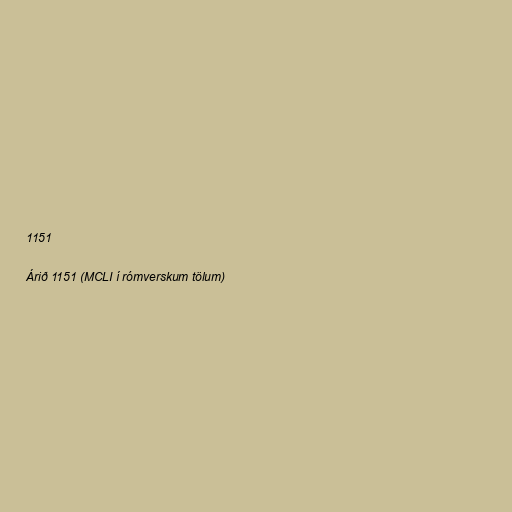
1151

Árið 1151 (MCLI í rómverskum tölum)